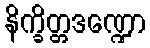
နိက္ခိတ္တဒဏ္ဍော